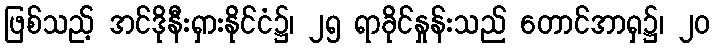
ဖြစ်သည့် အင်ဒိုနီးရှားနိုင်ငံ၌၊ ၂၅ ရာခိုင်နှုန်းသည် တောင်အာရှ၌၊ ၂၀